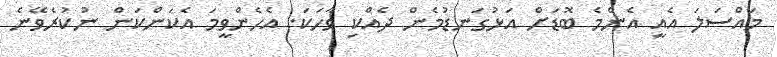
މައްސަލަ އެއީ އެންމެ ބޮޑަށް އަޅުގަނޑުމެން ދެއްކި ވާހަކަ. އެހެންވީމަ އެކަންކަން ނުކުރެވޭނެ